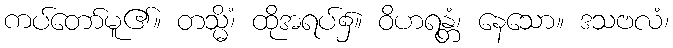
ကပ်တော်မူ၏။ တသ္မိံ၊ ထိုအရပ်၌။ ဝိဟရန္တံ၊ နေသော။ ဒသဗလံ၊